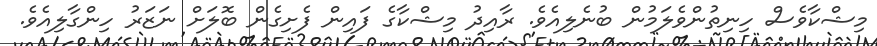
މިޝްކާވެސް ހިނިތުންވެލަމުން ބުނެލިއެވެ. ރާއިދު މިޝްކާގެ ފައިން ފެށިގެން ބޮލަށް ނަޒަރު ހިންގާލިއެވެ.